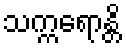
သက္ကရောန္တိ